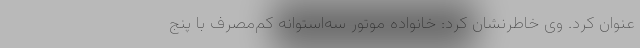
عنوان کرد. وی خاطرنشان کرد: خانواده موتور سه‌استوانه کم‌مصرف با پنج